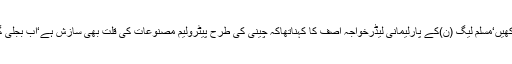
عمران خان نوٹس لینا بند کریں اور خود کو قرنطینہ میں رکھیں‘مسلم لیگ (ن)کے پارلیمانی لیڈرخواجہ آصف کا کہناتھاکہ چینی کی طرح پیٹرولیم مصنوعات کی قلت بھی سازش ہے‘اب بجلی گیس بم بھی گرنے والا ہے ‘حکومت جانے کے قریب ہے۔